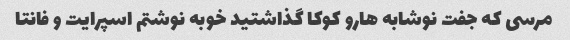
مرسی که جفت نوشابه هارو کوکا گذاشتید خوبه نوشتم اسپرایت و فانتا